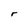
Character: r